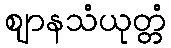
ဈာနသံယုတ္တံ